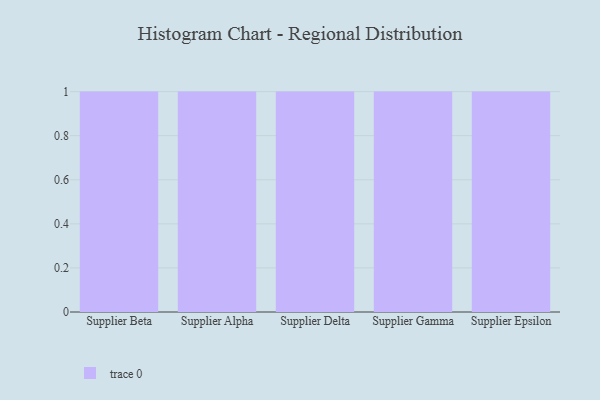
{"axis": {"x": "Supplier", "y": "Customer Acquisition Cost (USD)"}, "legend": [""], "data": [{"x": "Supplier Beta", "y": 78, "type": ""}, {"x": "Supplier Alpha", "y": 50, "type": ""}, {"x": "Supplier Delta", "y": 12, "type": ""}, {"x": "Supplier Gamma", "y": 91, "type": ""}, {"x": "Supplier Epsilon", "y": 38, "type": ""}]}